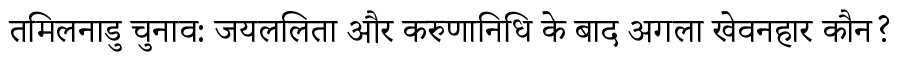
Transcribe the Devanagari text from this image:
तमिलनाडु चुनाव: जयललिता और करुणानिधि के बाद अगला खेवनहार कौन?